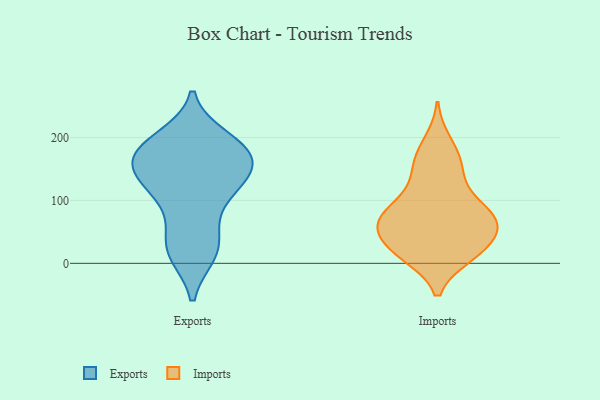
{"axis": {"x": "Net Income (USD K)", "y": "Value"}, "legend": ["Exports", "Imports"], "data": [{"x": "", "y": 198, "type": "Exports"}, {"x": "", "y": 185, "type": "Exports"}, {"x": "", "y": 161, "type": "Exports"}, {"x": "", "y": 192, "type": "Exports"}, {"x": "", "y": 157, "type": "Exports"}, {"x": "", "y": 148, "type": "Exports"}, {"x": "", "y": 113, "type": "Exports"}, {"x": "", "y": 125, "type": "Exports"}, {"x": "", "y": 171, "type": "Exports"}, {"x": "", "y": 76, "type": "Exports"}, {"x": "", "y": 128, "type": "Exports"}, {"x": "", "y": 20, "type": "Exports"}, {"x": "", "y": 174, "type": "Exports"}, {"x": "", "y": 19, "type": "Exports"}, {"x": "", "y": 177, "type": "Exports"}, {"x": "", "y": 16, "type": "Exports"}, {"x": "", "y": 39, "type": "Exports"}, {"x": "", "y": 121, "type": "Exports"}, {"x": "", "y": 157, "type": "Imports"}, {"x": "", "y": 71, "type": "Imports"}, {"x": "", "y": 70, "type": "Imports"}, {"x": "", "y": 84, "type": "Imports"}, {"x": "", "y": 75, "type": "Imports"}, {"x": "", "y": 18, "type": "Imports"}, {"x": "", "y": 20, "type": "Imports"}, {"x": "", "y": 46, "type": "Imports"}, {"x": "", "y": 13, "type": "Imports"}, {"x": "", "y": 26, "type": "Imports"}, {"x": "", "y": 170, "type": "Imports"}, {"x": "", "y": 122, "type": "Imports"}, {"x": "", "y": 54, "type": "Imports"}, {"x": "", "y": 192, "type": "Imports"}, {"x": "", "y": 71, "type": "Imports"}, {"x": "", "y": 61, "type": "Imports"}, {"x": "", "y": 142, "type": "Imports"}, {"x": "", "y": 15, "type": "Imports"}, {"x": "", "y": 88, "type": "Imports"}]}